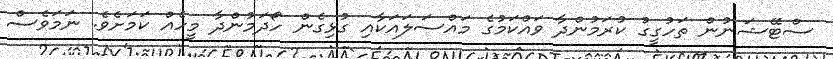
ސްޓޭޝަނުން ތަހުގީގު ކުރަމުންދާ ވައްކަމުގެ މައްސަލައަކާއި ގުޅިގެން ހޯދަމުންދާ މީހެއް ކަމަށެވެ. ނަމަވެސް